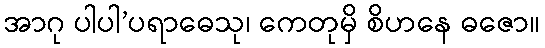
အာဂု ပါပါ’ပရာဓေသု၊ ကေတုမှိ စိဟနေ ဓဇော။